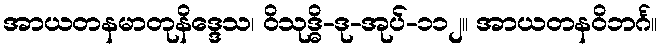
အာယတနမာတုနိဒ္ဒေသ၊ ဝိသုဒ္ဓိ-ဒု-အုပ်-၁၁၂။ အာယတနဝိဘင်္ဂ။